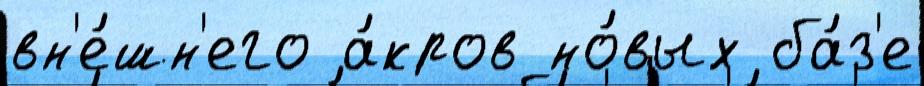
вн'е́шн'его а́кров но́вых ба́з'е